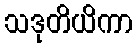
သဒုတိယိကာ